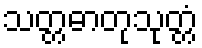
သတ္တဓာတုသုတ္တံ